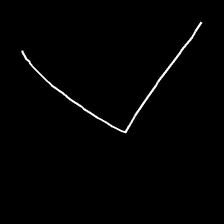
Glyph: region